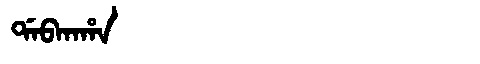
Manchu: ᡩᠠᠪᡴᠠᡥᠠ
Romanization: DABKAHA